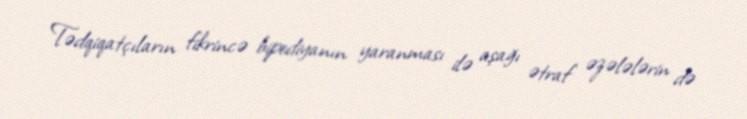
Tədqiqatçıların fikrincə bipediyanın yaranması ilə aşağı ətraf əzələlərin də